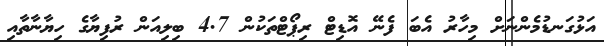
އަޅުގަނޑުމެންނަށް މިހާރު އެބަ ފެނޭ އޮޑިޓް ރިޕޯޓްތަކުން 4.7 ބިލިއަން ރުފިޔާގެ ހިޔާނާތާއި